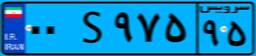
۸۱S۳۳۱۹۸